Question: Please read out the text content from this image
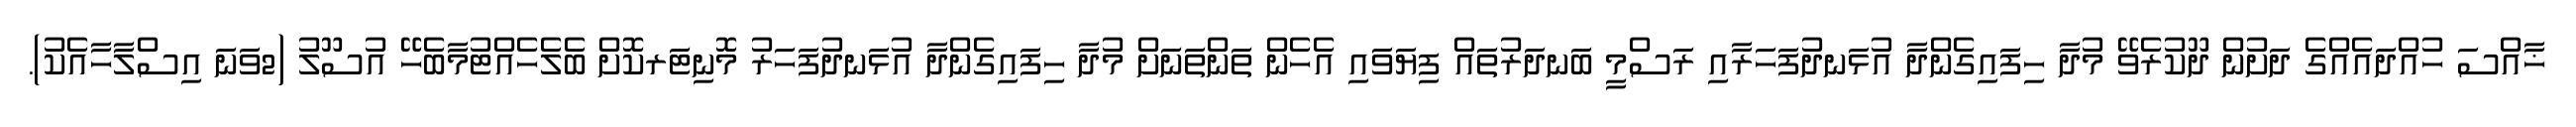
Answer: ޚާއްސަ ހުއްދައެއްގެ ދަށުން ދޫކުރެވޭ މުދާ ހިފައިގެންދާ އުޅަނދުފަހަރާއި ރަސްމީ ބަނދަރުތައް ފިޔަވައި އެހެން ތަންތަނަށް މުދާ ހިފައިގެންދާ އުޅަނދުފަހަރު މޮނިޓަރކޮށް ބެލެހެއްޓުމާބެހޭ އުސޫލު (2ވަނަ އިސްލާހާއެކު).